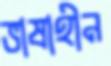
ভাষাহীন